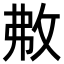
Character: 㪄